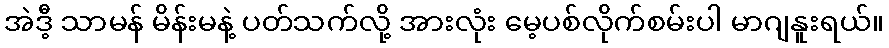
အဲဒီ့ သာမန် မိန်းမနဲ့ ပတ်သက်လို့ အားလုံး မေ့ပစ်လိုက်စမ်းပါ မာဂျနူးရယ်။